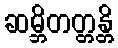
ဆမ္ဘိတတ္တန္တိ